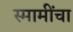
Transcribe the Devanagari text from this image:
स्मामींचा